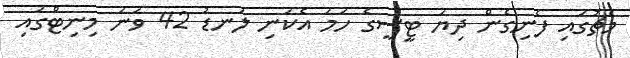
މެޗުގައި ފެނިގެން ދިޔަ ޓީސީގެ ހަމަ އެކަނި ލަނޑު 42 ވަނަ މިނިޓްގައި